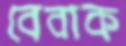
বেবাক